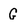
Character: G